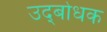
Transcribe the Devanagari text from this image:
उद्‍बोधक